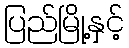
ပြည်မြို့နှင့်